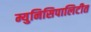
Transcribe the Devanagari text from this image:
म्युनिसिपालिटीत